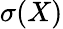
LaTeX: \sigma(X)